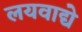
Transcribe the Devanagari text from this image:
लयवाद्ये